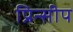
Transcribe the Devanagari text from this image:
प्रिन्सीप